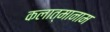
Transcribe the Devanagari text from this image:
कलात्मानाम